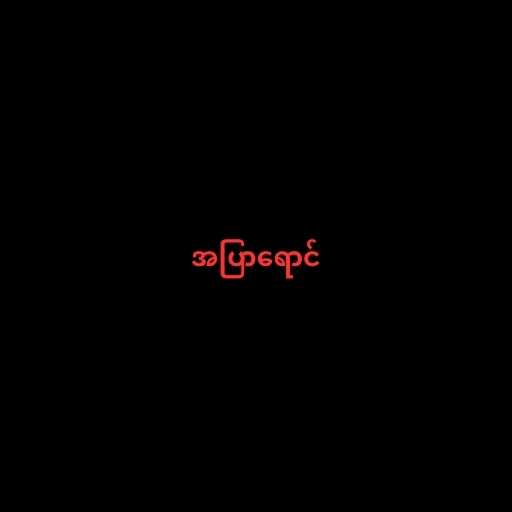
အပြာရောင်